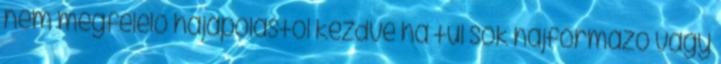
nem megfelelő hajápolástól kezdve ha túl sok hajformázó vagy